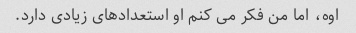
اوه، اما من فکر می کنم او استعدادهای زیادی دارد.